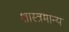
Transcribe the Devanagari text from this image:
शास्त्रमान्य